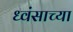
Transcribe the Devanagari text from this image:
ध्वंसाच्या